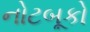
નોટબૂકો